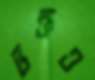
ভক্তও